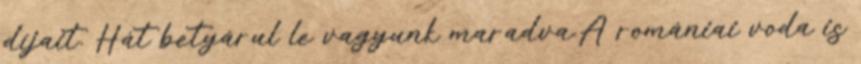
díjait. Hát betyárul le vagyunk maradva.A romániai voda is